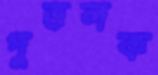
পুত্তলক